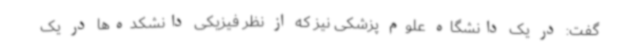
گفت: در یک دانشگاه علوم پزشکی نیز که از نظر فیزیکی دانشکده‌ها در یک